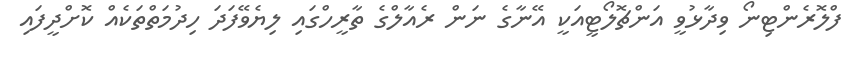
ފްލޮރެންޓިނޯ ވިދާޅުވީ އަންޗޮލޯޓީއަކީ އޭނާގެ ނަން ރެއާލްގެ ތާރީހްގައި ލިޔެވޭފަދަ ހިދުމަތްތަކެއް ކޮށްދީފައި